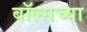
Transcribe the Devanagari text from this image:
बॉल्सच्या